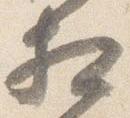
相